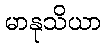
မာနုသိယာ